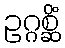
ဥဂ္ဂစ္ဆိံ